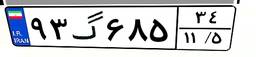
۹۳گ۶۸۵۳۴